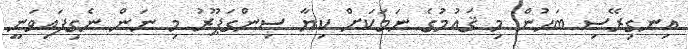
އިނގިރޭސި ބަހުން މި ޤައުމުގެ ނަމަކަށް ކިޔާ ސިންގަޕޫރު މި ނަން ނެގިފައިވަނީ